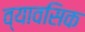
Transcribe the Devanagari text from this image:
व्यावसिक